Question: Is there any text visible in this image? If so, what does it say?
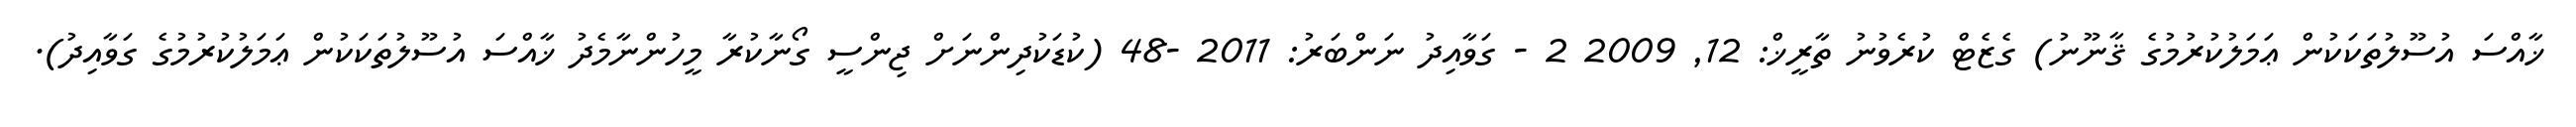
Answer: ޚާއްސަ އުސޫލުތަކަކުން ޢަމަލުކުރުމުގެ ޤާނޫނު) ގެޒެޓް ކުރެވުނު ތާރީޚް: 12, 2009 2 - ގަވާއިދު ނަންބަރު: 2011 -48 (ކުޑަކުދިންނަށް ޖިންސީ ގޯނާކުރާ މީހުންނާމެދު ޚާއްސަ އުސޫލުތަކަކުން ޢަމަލުކުރުމުގެ ގަވާއިދު).